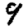
Digit: 9